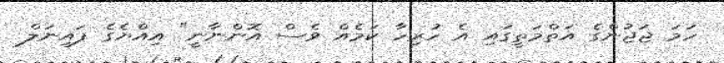
ހަމަ ޖަޖުންގެ އަތްމަތީގައި އެ ހުރިހާ ކަމެއް ވެސް އޮންނާނީ" އިއްޔެގެ ފައިނަލް